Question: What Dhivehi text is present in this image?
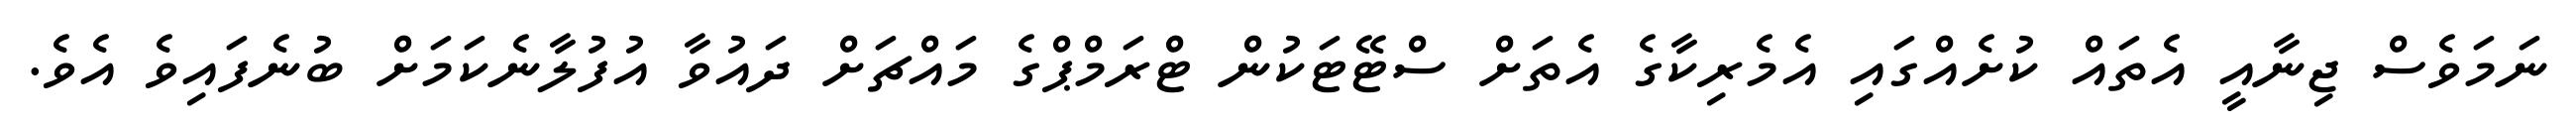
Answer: ނަމަވެސް ޖިނާއީ އެތައް ކުށެއްގައި އެމެރިކާގެ އެތަށް ސްޓޭޓަކުން ޓްރަމްޕްގެ މައްޗަށް ދައުވާ އުފުލާނެކަމަށް ބުނެފައިވެ އެވެ.